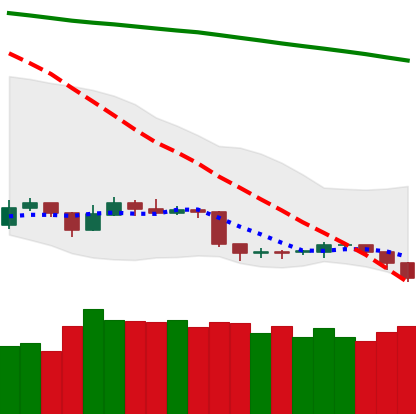
Ticker: TRX-USD
Chart end date: 2019-09-06
Forward return: 4.903%
Label: up_3_5